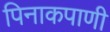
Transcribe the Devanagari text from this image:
पिनाकपाणी